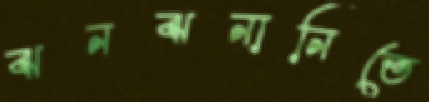
ঝনঝনানিতে